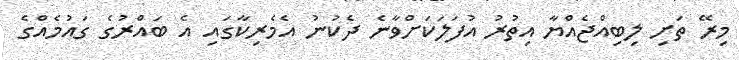
މިރޭ ތަށި ލިބިއްޖެއްޔާ އިތުރު އުފަލަކަށްވާނެ ދެކުނު އެމެރިކާގައި އެ ބައްރުގެ ގައުމެއްގެ